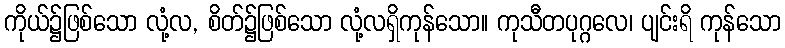
ကိုယ်၌ဖြစ်သော လုံ့လ, စိတ်၌ဖြစ်သော လုံ့လရှိကုန်သော။ ကုသီတပုဂ္ဂလေ၊ ပျင်းရိ ကုန်သော